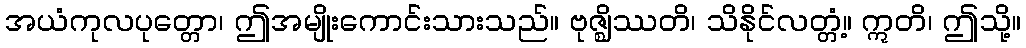
အယံကုလပုတ္တော၊ ဤအမျိုးကောင်းသားသည်။ ဗုဇ္ဈိဿတိ၊ သိနိုင်လတ္တံ့။ ဣတိ၊ ဤသို့။